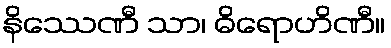
နိဿေဏီ သာ၊ ဓိရောဟိဏီ။